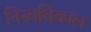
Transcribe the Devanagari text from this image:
निरवधिकाल